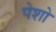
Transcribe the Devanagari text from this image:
पेशो